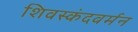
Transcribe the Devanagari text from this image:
शिवस्कंदवर्मन